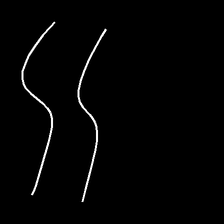
Glyph: float